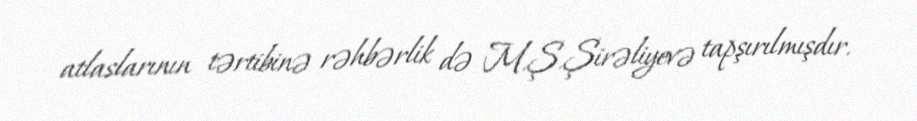
atlaslarının tərtibinə rəhbərlik də M.Ş.Şirəliyevə tapşırılmışdır.